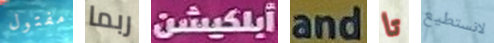
مفتول ربما أبلكيشن and تا لانستطيع